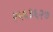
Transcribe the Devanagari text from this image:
२५६३६२७